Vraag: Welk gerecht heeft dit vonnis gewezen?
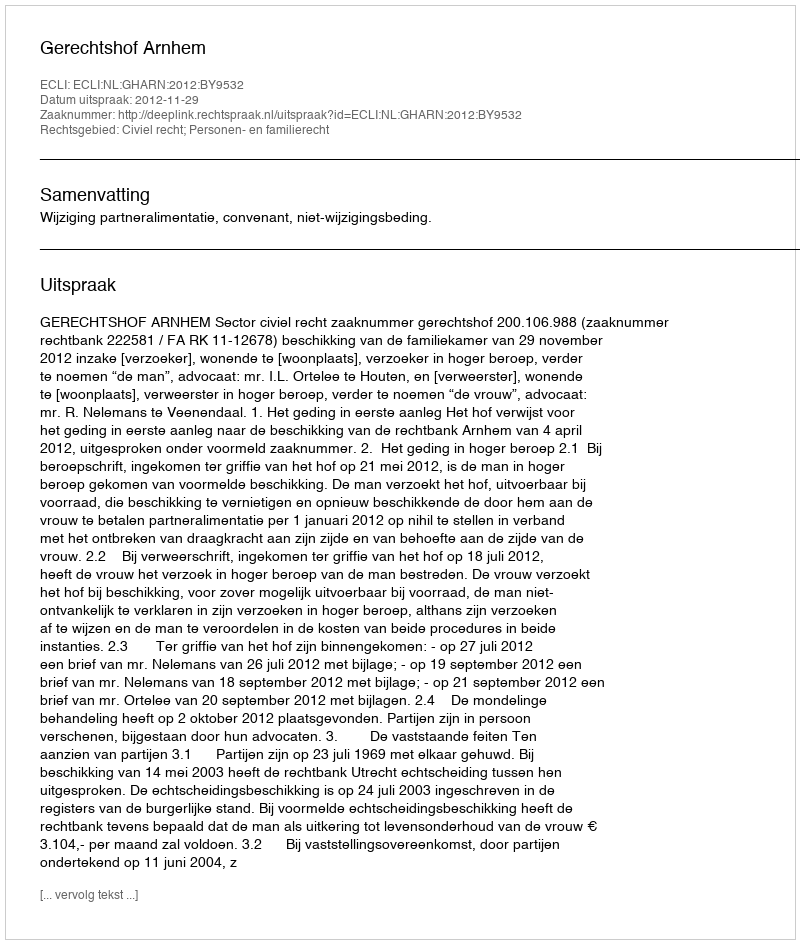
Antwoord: Gerechtshof Arnhem